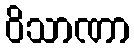
ဝိသာဏာ